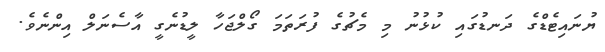
ޔުނައިޓެޑްގެ ދަނޑުގައި ކުޅުނު މި މެޗުގެ ފުރަތަމަ ގޯލްޖަހާ ލީޑުނެގީ އާސެނަލް އިންނެވެ.